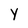
Character: Y